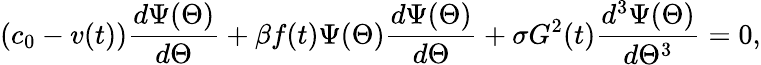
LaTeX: (c_{0}-v(t))\frac{d\Psi(\Theta)}{d\Theta}+\beta f(t)\Psi(\Theta)\frac{d\Psi(\Theta)}{d\Theta}+\sigma G^{2}(t)\frac{d^{3}\Psi(\Theta)}{d\Theta^{3}}=0,